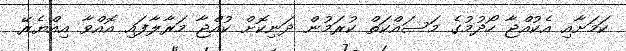
ކަމަށާއި އެކުއްޖާ ހޯދުމުގެ މަސައްކަތް ކުރަމުން ދަނިކޮށް ކުއްޖާ މަރާލާފައި އޮއްވާ އިއްޔެރޭ